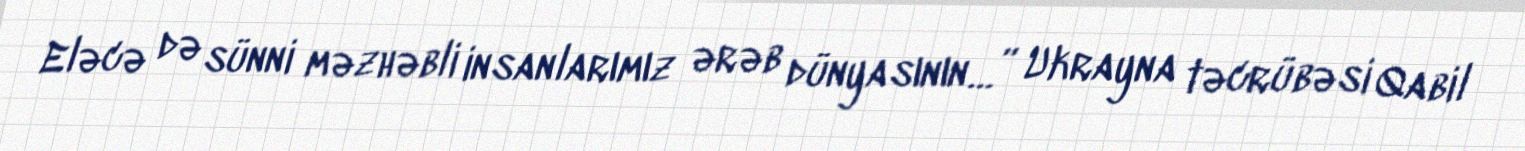
Eləcə də sünni məzhəbli insanlarımız ərəb dünyasının…” Ukrayna təcrübəsi Qabil